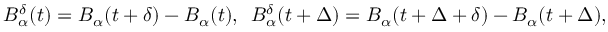
B _ { \alpha } ^ { \delta } ( t ) = B _ { \alpha } ( t + \delta ) - B _ { \alpha } ( t ) , \, \, \, B _ { \alpha } ^ { \delta } ( t + \Delta ) = B _ { \alpha } ( t + \Delta + \delta ) - B _ { \alpha } ( t + \Delta ) ,